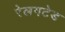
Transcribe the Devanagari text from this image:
रेलगटेड